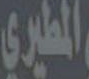
المطيري